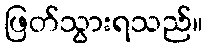
ဖြတ်သွားရသည်။